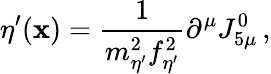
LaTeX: \eta^{\prime}(\mathbf{x})={\frac{{1}}{{m_{\eta^{\prime}}^{2}f_{\eta^{\prime}}^{2}}}}\partial^{\mu}J_{5\mu}^{0}\, ,